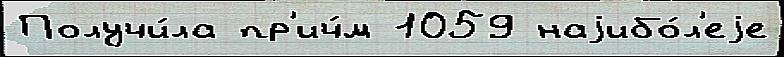
Получи́ла пр'ич́м 1059 наjибо́л'еjе